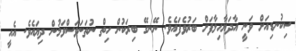
ސިކުނޑިއަށް ވަނީ އާދަޔާހިލާފަށް ބަރުވެފައެވެ. ނޭނގޭ ބިރަކުން ހިތް ނުތަނަވަސްވަމުން ދިޔައެވެ. އެއީ